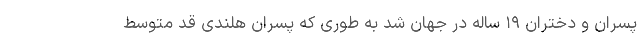
پسران و دختران ۱۹ ساله در جهان شد به طوری که پسران هلندی قد متوسط